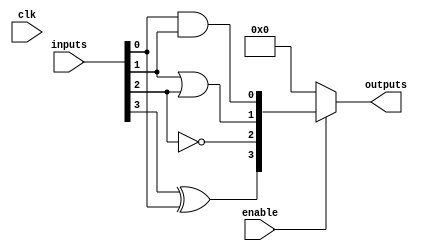
module CLB (
    input wire [3:0] inputs,        // Input Signals (4-bit input)
    input wire clk,                 // Clock Signal (optional)
    input wire enable,              // Control Signal to enable/disable logic
    output reg [3:0] outputs        // Output Signals (4-bit output)
);

// Internal signal for combinational logic
wire [3:0] logic_result;

// Combinational Logic Functions
assign logic_result[0] = inputs[0] & inputs[1];             // AND operation
assign logic_result[1] = inputs[1] | inputs[2];             // OR operation
assign logic_result[2] = ~inputs[2];                          // NOT operation
assign logic_result[3] = inputs[3] ^ inputs[0];             // XOR operation

// Output logic based on enable signal
always @(*) begin
    if (enable) begin
        outputs <= logic_result; // Route logic result to outputs
    end else begin
        outputs <= 4'b0000;      // Output zero if disabled
    end
end

endmodule